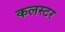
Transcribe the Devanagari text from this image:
कलस्टर